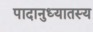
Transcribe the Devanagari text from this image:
पादानुध्यातस्य